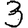
Digit: 3